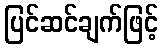
ပြင်ဆင်ချက်ဖြင့်